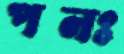
পনঃ